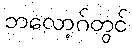
ဘလော့ဂ်တွင်